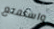
واستمتع